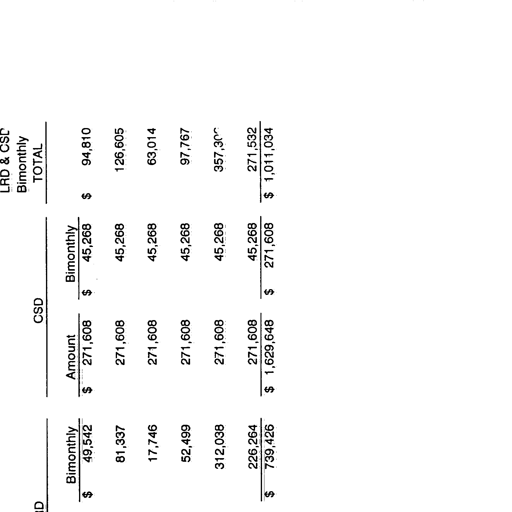
Transcript:
LRD & CSD
Bimonthly
TOTAL
CSD
Bimonthly
Amount
Bimonthly
$ 45,268 $ 94,810
$ 49,542 $ 271,608
45,268 126,605
81,337 271,608
45,268 63,014
17,746 271,608
45,268 97,767
52,499 271,608
45,268 357,306
312,038 271,608
45,268 271,532
226,264 271,608
$ 739,426 $ 1,629,648 $ 271,608 $ 1,011,034